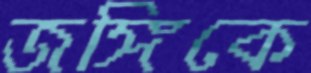
জঙ্গিকে